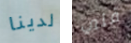
لدينا فني